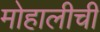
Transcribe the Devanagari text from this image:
मोहालीची